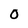
Character: 0